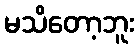
မသိတော့ဘူး